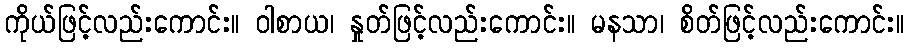
ကိုယ်ဖြင့်လည်းကောင်း။ ဝါစာယ၊ နှုတ်ဖြင့်လည်းကောင်း။ မနသာ၊ စိတ်ဖြင့်လည်းကောင်း။